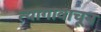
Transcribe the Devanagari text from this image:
त्यागावाचून